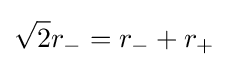
{\sqrt {2}}r_{-}=r_{-}+r_{+}